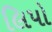
લિપો